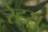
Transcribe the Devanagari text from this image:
रेह्स